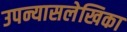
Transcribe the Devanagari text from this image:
उपन्यासलेखिका